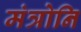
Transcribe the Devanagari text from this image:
मंत्रोनि